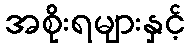
အစိုးရများနှင့်